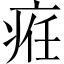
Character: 𤶄